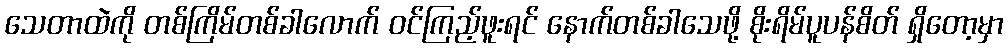
သေတာထဲကို တစ်ကြိမ်တစ်ခါလောက် ဝင်ကြည့်ဖူးရင် နောက်တစ်ခါသေဖို့ စိုးရိမ်ပူပန်စိတ် ရှိတော့မှာ